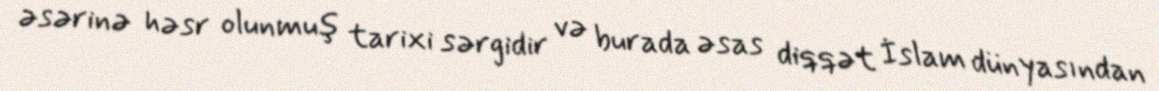
əsərinə həsr olunmuş tarixi sərgidir və burada əsas diqqət İslam dünyasından